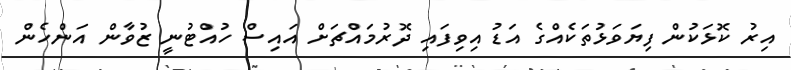
އިރު ކޮޅަކުން ފިޔަވަޅުތަކެއްގެ އަޑު އިވިފައި ދޮރުމައްޗަށް އައިސް ހުއްޓުނީ ޒުވާން އަންހެން